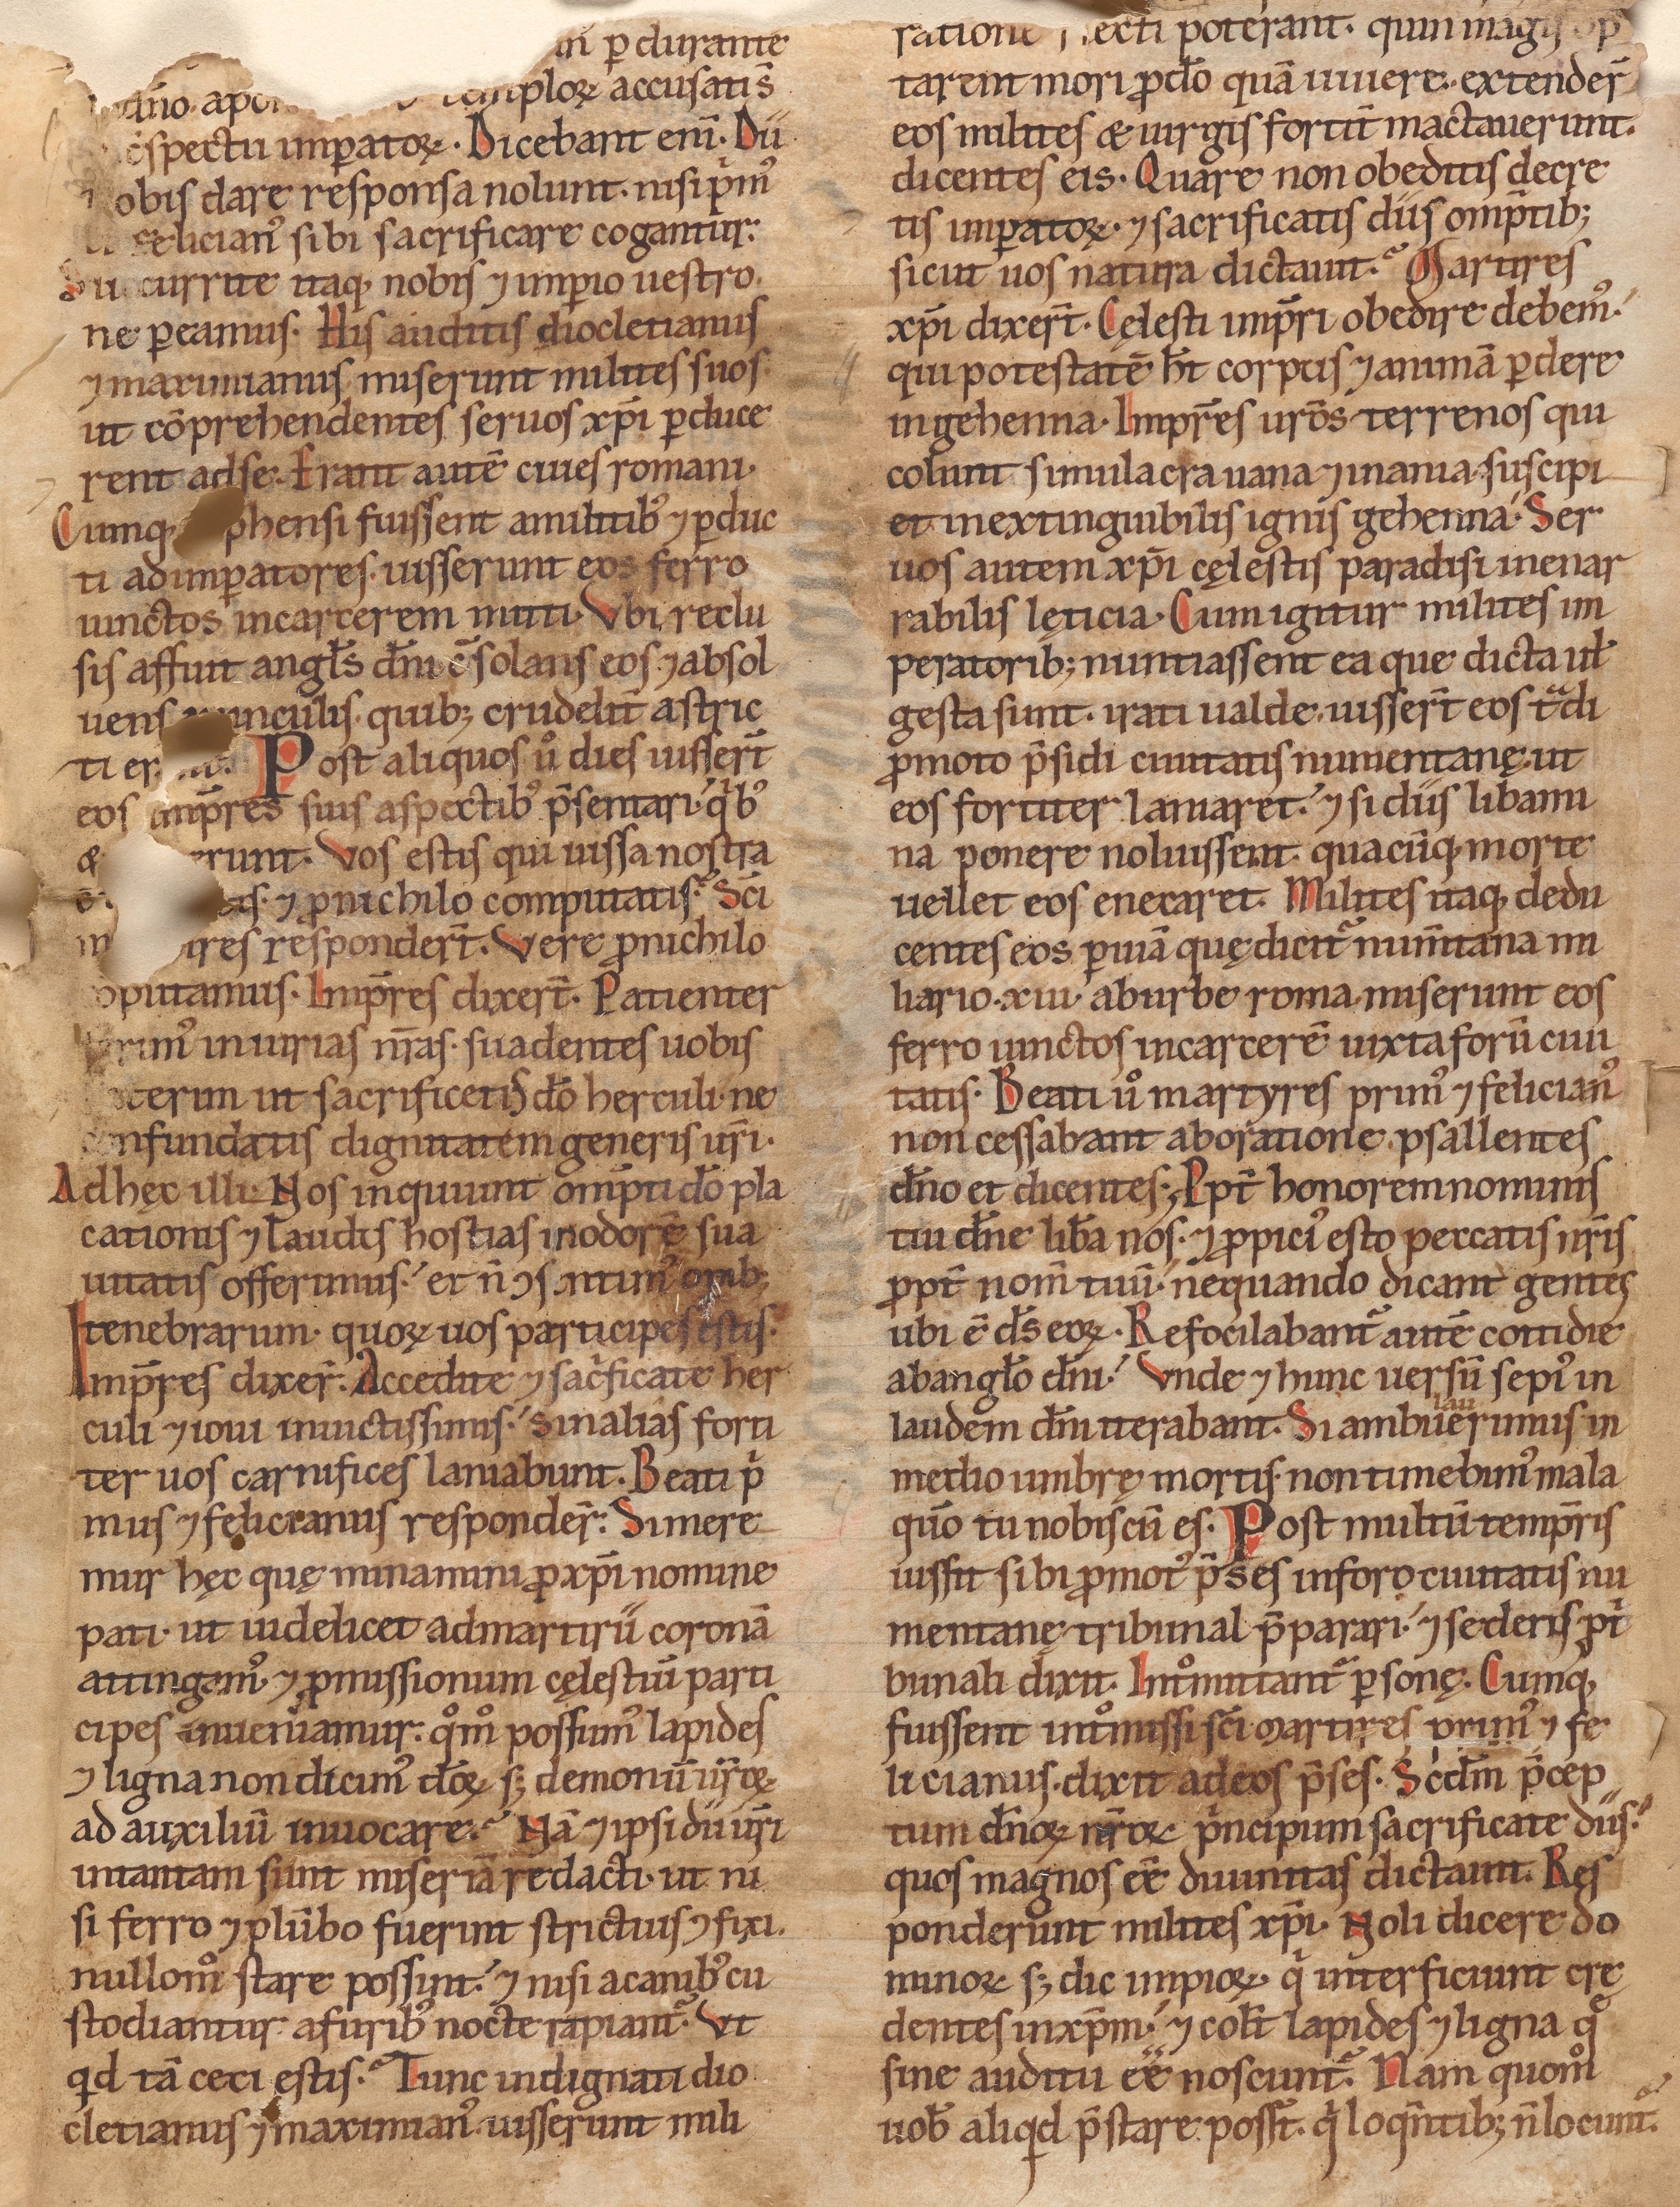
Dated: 1140–1170